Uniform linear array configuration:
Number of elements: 32
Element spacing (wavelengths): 0.5
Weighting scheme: kaiser
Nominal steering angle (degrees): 60
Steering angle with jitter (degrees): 61.12
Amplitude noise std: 0.05
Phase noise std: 0.05

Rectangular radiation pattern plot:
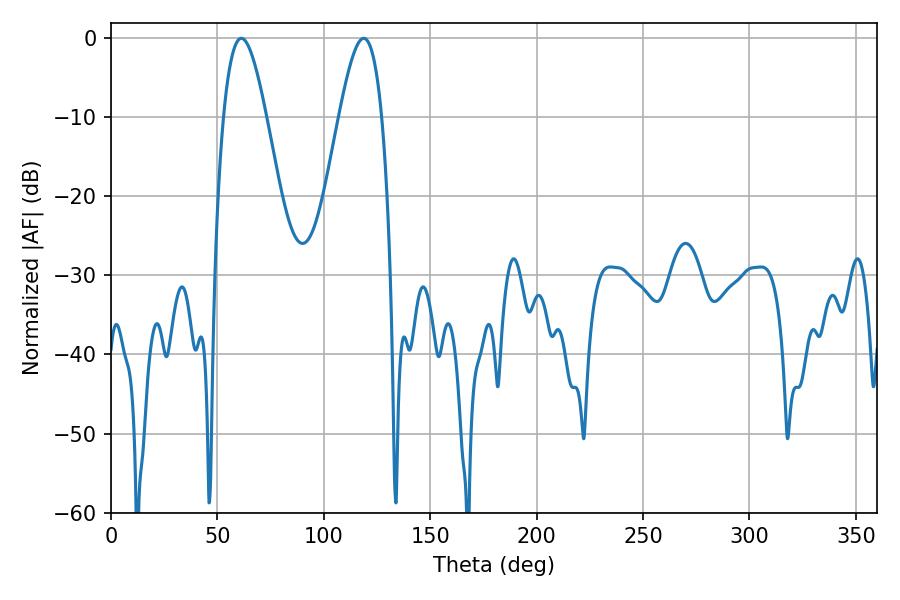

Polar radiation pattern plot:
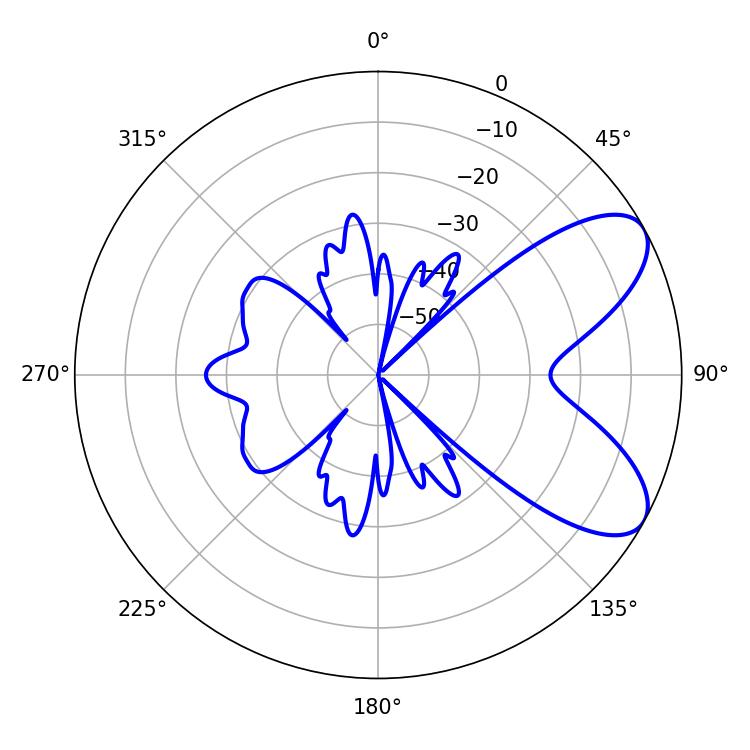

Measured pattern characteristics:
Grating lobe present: FALSE
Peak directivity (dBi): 7.401
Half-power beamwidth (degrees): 10.8
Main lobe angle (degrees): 61.2